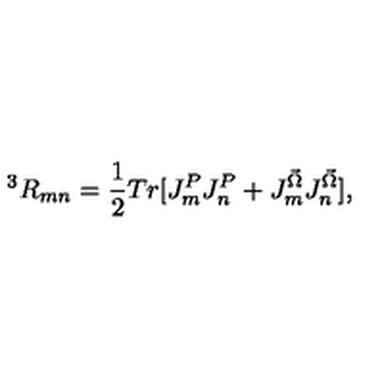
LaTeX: ^ 3 R _ { m n } = \frac { 1 } { 2 } T r [ J _ { m } ^ { P } J _ { n } ^ { P } + J _ { m } ^ { \vec { \Omega } } J _ { n } ^ { \vec { \Omega } } ] ,